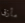
مأزق